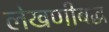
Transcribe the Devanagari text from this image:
लेखणीबद्ध